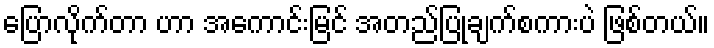
ပြောလိုက်တာ ဟာ အကောင်းမြင် အတည်ပြုချက်စကားပဲ ဖြစ်တယ်။